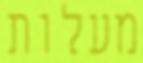
מעלות